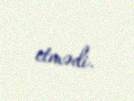
etmədi.